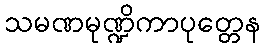
သမဏမုဏ္ဍိကာပုတ္တေန